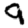
Digit: 9